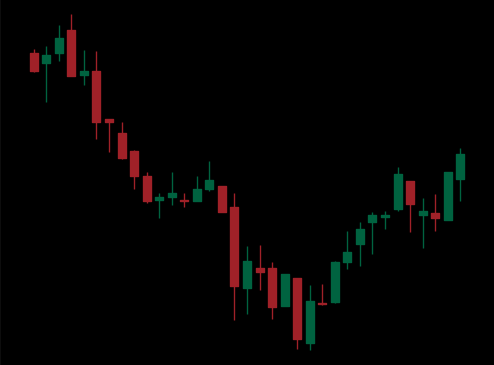
Pattern: bull_flag